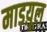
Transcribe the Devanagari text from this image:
माडय़ूल